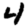
Digit: 4